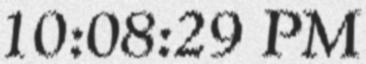
10:08:29 PM